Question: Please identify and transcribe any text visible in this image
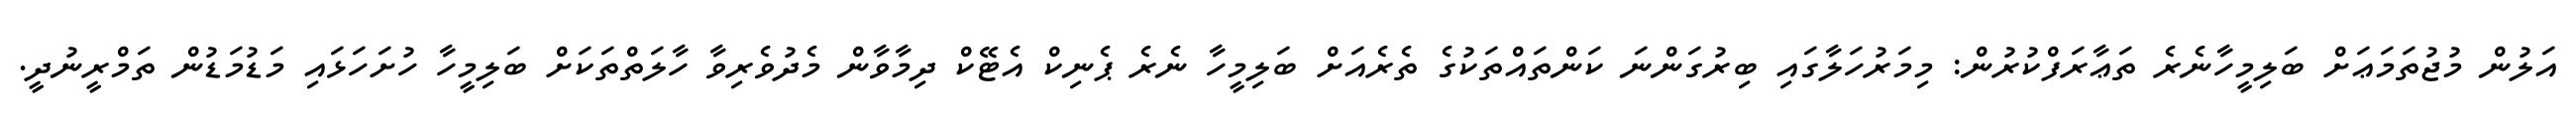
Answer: އަލުން މުޖުތަމަޢަށް ބަލިމީހާނެރެ ތަޢާރަފްކުރުން: މިމަރުހަލާގައި ބިރުގަންނަ ކަންތައްތަކުގެ ތެރެއަށް ބަލިމީހާ ނެރެ ޕެނިކް އެޓޭކް ދިމާވާން މެދުވެރިވާ ހާލަތްތަކަށް ބަލިމީހާ ހުށަހަޅައި މަޑުމަޑުން ތަމްރީނުދީ.